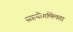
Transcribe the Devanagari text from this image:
सहयोगमिलता